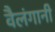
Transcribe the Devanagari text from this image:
वैलंगानी